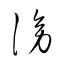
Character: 謗